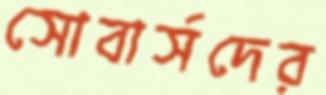
সোবার্সদের